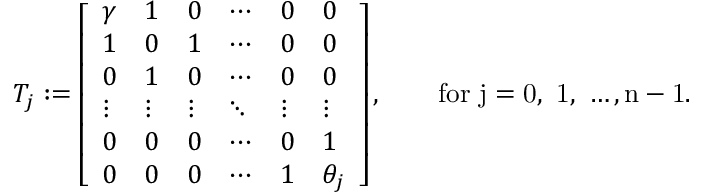
T _ { j } : = \left[ \begin{array} { l l l l l l } { \gamma } & { 1 } & { 0 } & { \cdots } & { 0 } & { 0 } \\ { 1 } & { 0 } & { 1 } & { \cdots } & { 0 } & { 0 } \\ { 0 } & { 1 } & { 0 } & { \cdots } & { 0 } & { 0 } \\ { \vdots } & { \vdots } & { \vdots } & { \ddots } & { \vdots } & { \vdots } \\ { 0 } & { 0 } & { 0 } & { \cdots } & { 0 } & { 1 } \\ { 0 } & { 0 } & { 0 } & { \cdots } & { 1 } & { \theta _ { j } } \end{array} \right] , \qquad \mathrm { f o r ~ j = 0 , ~ 1 , ~ \ldots , n - 1 . ~ }